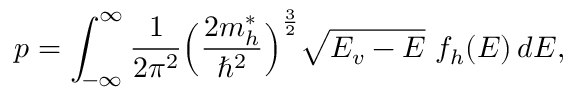
p = \int _ { - \infty } ^ { \infty } \frac { 1 } { 2 \pi ^ { 2 } } \Big ( \frac { 2 m _ { h } ^ { * } } { \hbar ^ { 2 } } \Big ) ^ { \frac { 3 } { 2 } } \sqrt { E _ { v } - E } ~ f _ { h } ( E ) \, d E ,